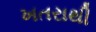
ખતરાથી